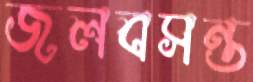
জলবসন্ত